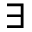
\exists